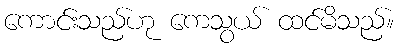
ကောင်းသည်ဟု ကေသွယ် ထင်မိသည်။